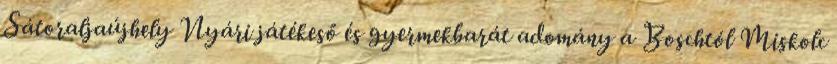
Sátoraljaújhely Nyári játékeső és gyermekbarát adomány a Boschtól Miskolc